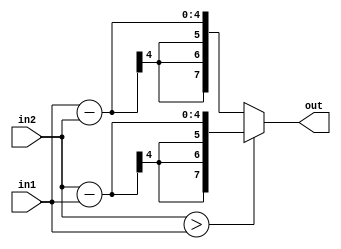
module sub (in1,in2,out);
input [3:0] in1;
input [3:0] in2;
output reg[7:0] out;
always @*begin
    if(in2>in1)
        out=in2-in1;
    else 
        out=in1-in2;
end
    
endmodule